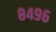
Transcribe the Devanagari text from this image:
८४९६